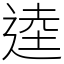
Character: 逵